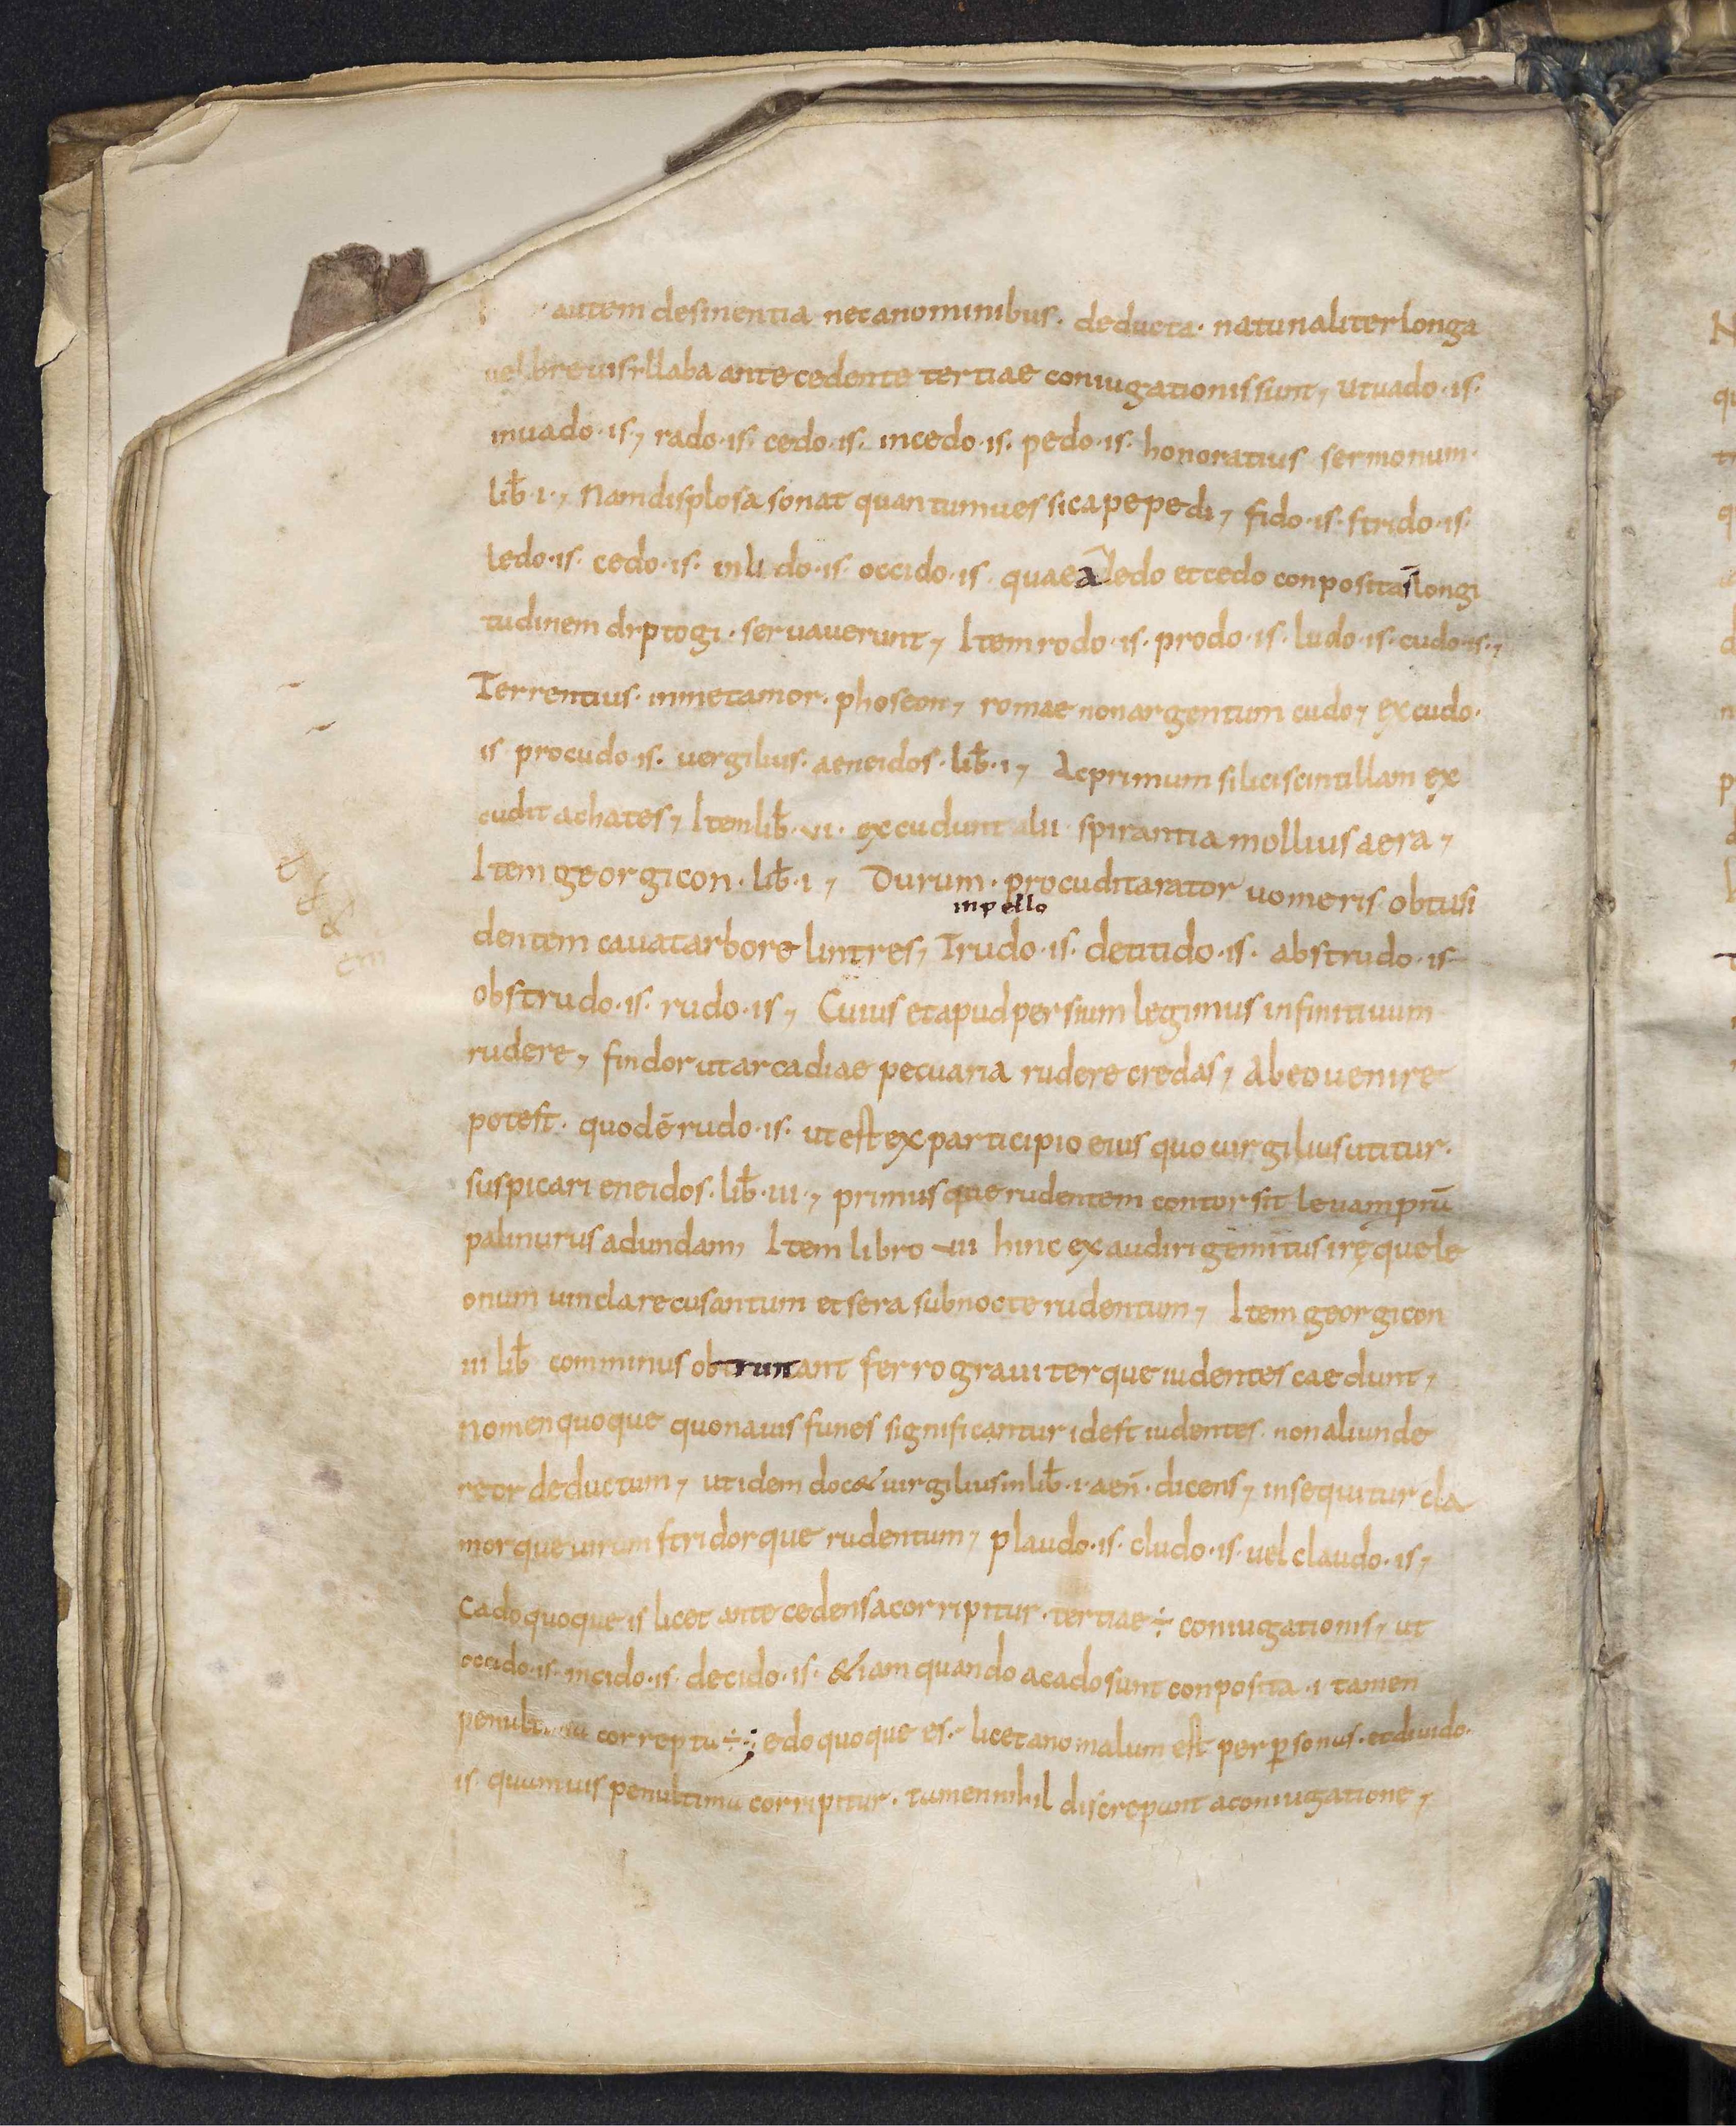
Shelfmark: Leiden, Bibliotheek der Rijksuniversiteit, Voss. Lat. O 41
Century: 9